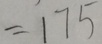
= 1 7 5